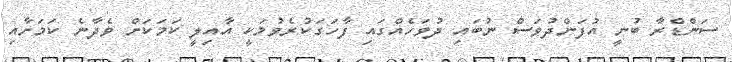
ސަންޑްރާ ބުނީ އުފަންދުވަސް ނުބައި ދުވަހެއްގައި ފާހަގަކުރެވުމަކީ އާއިލީ ކަމަކަށް ވެދާނެ ކަމަށާއި